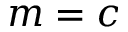
m = c